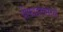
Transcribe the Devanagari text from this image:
प्रोफाइलमध्ये